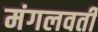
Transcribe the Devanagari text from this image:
मंगलवती